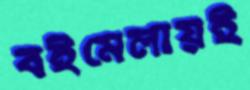
বইমেলায়ই